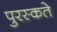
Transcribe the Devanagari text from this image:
पुरस्कते